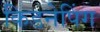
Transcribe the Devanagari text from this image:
किडनेपिंग